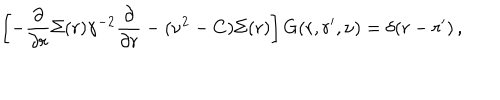
\left[ - \frac { \partial } { \partial r } \Sigma ( r ) \gamma ^ { - 2 } \frac { \partial } { \partial r } - ( \nu ^ { 2 } - C ) \Sigma ( r ) \right] G ( r , r ^ { \prime } , \nu ) = \delta ( r - r ^ { \prime } ) \, ,